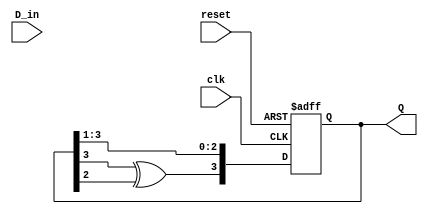
module feedback_register (
    input wire clk,         // Clock input
    input wire reset,       // Asynchronous reset
    input wire D_in,        // Input data
    output reg [N-1:0] Q    // Output register (N bits)
);
    parameter N = 4;        // Number of flip-flops in the register

    // Internal signals for feedback
    wire feedback;

    // Feedback logic (example: XOR of the last two bits)
    assign feedback = Q[N-1] ^ Q[N-2];

    // Sequential logic for the feedback register
    always @(posedge clk or posedge reset) begin
        if (reset) begin
            // Reset all flip-flops to zero
            Q <= 0;
        end else begin
            // Shift operation with feedback
            Q <= {feedback, Q[N-1:1]}; // Shift left and insert feedback at LSB
        end
    end
endmodule